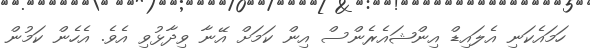
ހަމައެކަނި އެލައިޑް އިންޝައެރެންސް އިން ކަމަށް އޭނާ ވިދާޅުވި އެވެ. އެހެން ކަމުން